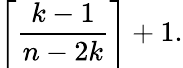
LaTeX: \left\lceil{\frac{k-1}{n-2k}}\right\rceil+1.